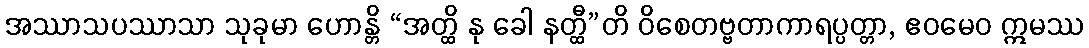
အဿာသပဿာသာ သုခုမာ ဟောန္တိ “အတ္ထိ နု ခေါ နတ္ထီ”တိ ဝိစေတဗ္ဗတာကာရပ္ပတ္တာ, ဧဝမေဝ ဣမဿ